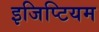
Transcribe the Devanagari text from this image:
इजिप्टियम